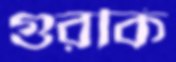
গুরকি